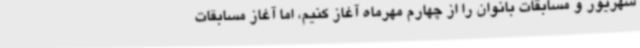
شهریور و مسابقات بانوان را از چهارم مهرماه آغاز کنیم، اما آغاز مسابقات